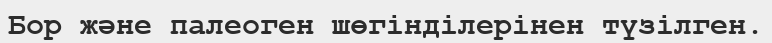
Бор және палеоген шөгінділерінен түзілген.